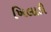
ખિલાડી